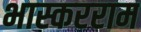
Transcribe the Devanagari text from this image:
भास्करराम